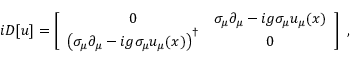
i D [ u ] = \left[ \begin{array} { c c } { { 0 } } & { { \sigma _ { \mu } \partial _ { \mu } - i g \sigma _ { \mu } u _ { \mu } ( x ) } } \\ { { \left( \sigma _ { \mu } \partial _ { \mu } - i g \sigma _ { \mu } u _ { \mu } ( x ) \right) ^ { \dagger } } } & { { 0 } } \end{array} \right] \ ,